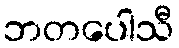
ဘတပေါသီ